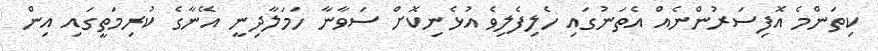
ކިތަންމެ އޮފިސަރުންނެއް އެތަނުގައި ހެލިފެލިވެ އުޅެނިކޮށް ސަވާނާ ހަމަލާދިނީ އޭނާގެ ކުރިމަތީގައި އިން